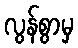
လွန်စွာမှ